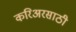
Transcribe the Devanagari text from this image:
करिअरसाठी